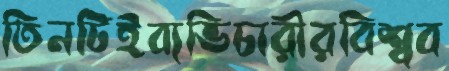
তিনটিইব্যভিচারীরবিশ্বব